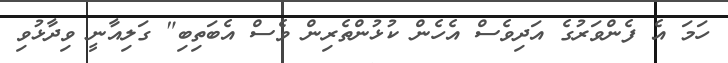
ހަމަ އެ ފެންވަރުގެ އަދިވެސް އެހެން ކުޅުންތެރިން ވެސް އެބަތިބި" ގަލިއާނީ ވިދާޅުވި